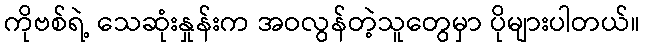
ကိုဗစ်ရဲ့ သေဆုံးနှုန်းက အဝလွန်တဲ့သူတွေမှာ ပိုများပါတယ်။